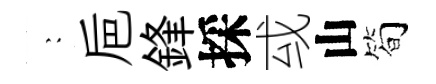
巍巵鋒採㦯山简